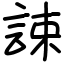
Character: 誎